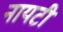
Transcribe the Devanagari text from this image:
नायटी